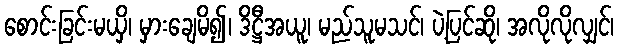
စောင်းခြင်းမယှိ၊ မှားချေမိ၍၊ ဒိဋ္ဌီအယူ၊ မည်သူမသင်၊ ပဲ့ပြင်ဆို၊ အလိုလိုလျှင်၊